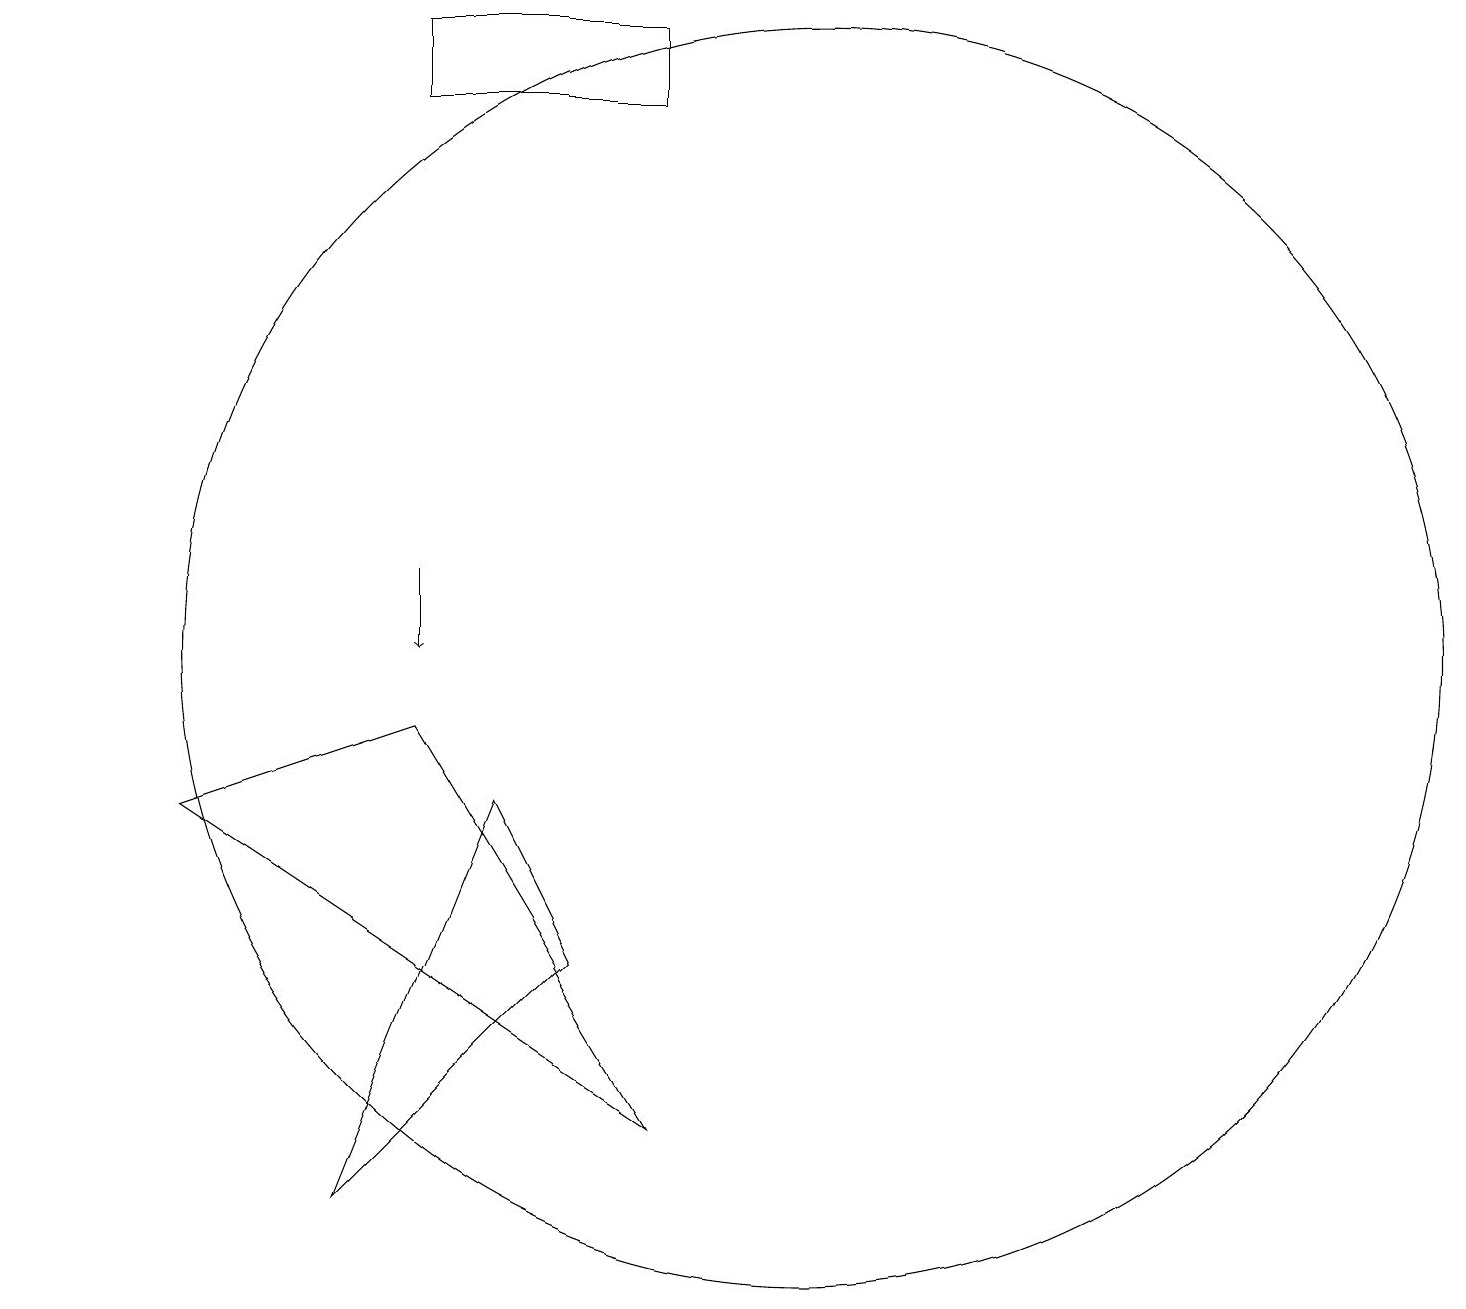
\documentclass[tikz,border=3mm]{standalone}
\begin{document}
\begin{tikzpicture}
\draw (11,10) circle (8);
\draw (10,11) circle (0);
\draw (9,4) -- (6,9) -- (3,8) -- cycle;
\draw (8,6) -- (7,8) -- (5,3) -- cycle;
\draw (1,18) rectangle (1,18);
\draw[->] (6,11) -- (6,10);
\draw (9,17) rectangle (6,18);
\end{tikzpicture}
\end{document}